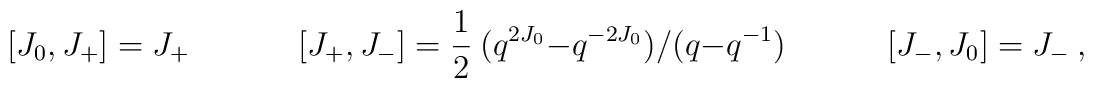
[J_0,J_+]=J_+  ~~~~~~~~~~~~~ ~~ [J_+,J_-]={1\over 2}~(q^{2J_0} -q^{-2J_0})/ (q-q^{-1})~~~~~ ~~~~~~~~~ [J_-,J_0]=J_-~,